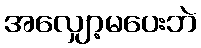
အလျှော့မပေးဘဲ